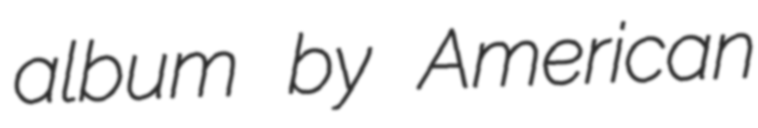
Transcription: album by American